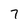
Character: 7